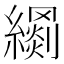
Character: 𦆢